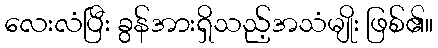
လေးလံပြီး ခွန်အားရှိသည့်အသံမျိုး ဖြစ်၏။